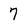
Character: 7